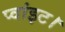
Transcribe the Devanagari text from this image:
प्‍वांइट।